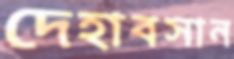
দেহাবসান